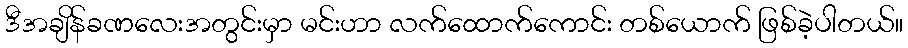
ဒီအချိန်ခဏလေးအတွင်းမှာ မင်းဟာ လက်ထောက်ကောင်း တစ်ယောက် ဖြစ်ခဲ့ပါတယ်။